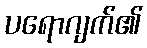
ပရောဂျက်၏